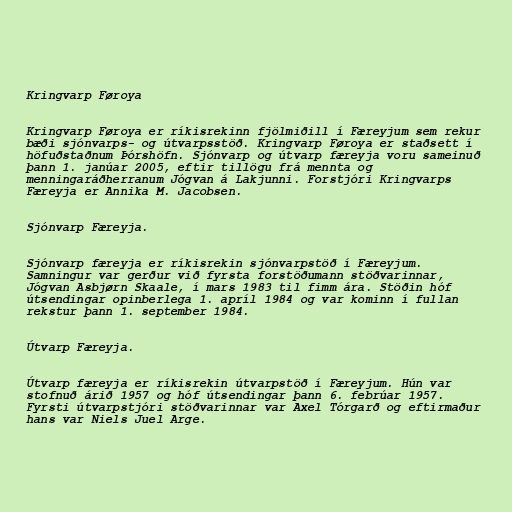
Kringvarp Føroya

Kringvarp Føroya er ríkisrekinn fjölmiðill í Færeyjum sem rekur
bæði sjónvarps- og útvarpsstöð. Kringvarp Føroya er staðsett í
höfuðstaðnum Þórshöfn. Sjónvarp og útvarp færeyja voru sameinuð
þann 1. janúar 2005, eftir tillögu frá mennta og
menningaráðherranum Jógvan á Lakjunni. Forstjóri Kringvarps
Færeyja er Annika M. Jacobsen.

Sjónvarp Færeyja.

Sjónvarp færeyja er ríkisrekin sjónvarpstöð í Færeyjum.
Samningur var gerður við fyrsta forstöðumann stöðvarinnar,
Jógvan Asbjørn Skaale, í mars 1983 til fimm ára. Stöðin hóf
útsendingar opinberlega 1. apríl 1984 og var kominn í fullan
rekstur þann 1. september 1984.

Útvarp Færeyja.

Útvarp færeyja er ríkisrekin útvarpstöð í Færeyjum. Hún var
stofnuð árið 1957 og hóf útsendingar þann 6. febrúar 1957.
Fyrsti útvarpstjóri stöðvarinnar var Axel Tórgarð og eftirmaður
hans var Niels Juel Arge.